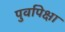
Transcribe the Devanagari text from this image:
पुर्वापेक्षा